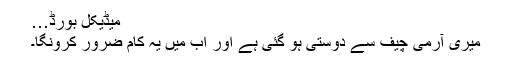
میڈیکل بورڈ…
میری آرمی چیف سے دوستی ہو گئی ہے اور اب میں یہ کام ضرور کرونگا۔